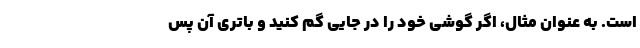
است. به عنوان مثال، اگر گوشی خود را در جایی گم کنید و باتری آن پس